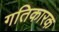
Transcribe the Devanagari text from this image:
गतिकारक